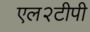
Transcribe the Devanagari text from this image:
एल२टीपी